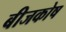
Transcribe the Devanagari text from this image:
बीजकोष